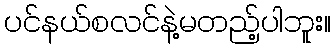
ပင်နယ်စလင်နဲ့မတည့်ပါဘူး။